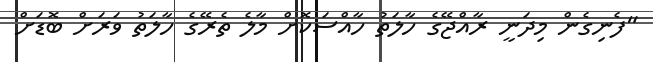
"ފެނިގެން މިދަނީ ރާއްޖޭގެ ހާލަތު ހާއްސަކޮށް މާލެ ތެރޭގެ ހާލަތު ވަރަށް ބޮޑަށް